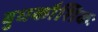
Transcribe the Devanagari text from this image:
बुधकौशिकः